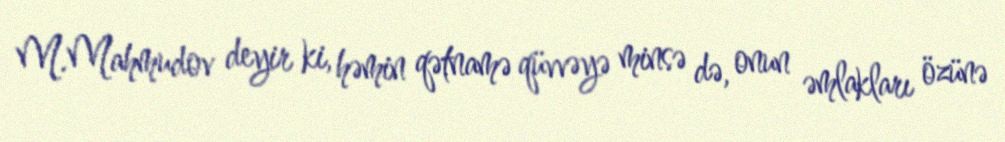
M.Mahmudov deyir ki, həmin qətnamə qüvvəyə minsə də, onun əmlakları özünə